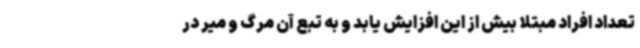
تعداد افراد مبتلا بیش از این افزایش یابد و به تبع آن مرگ و میر در